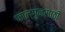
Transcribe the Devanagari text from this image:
फाल्गुनसाठी